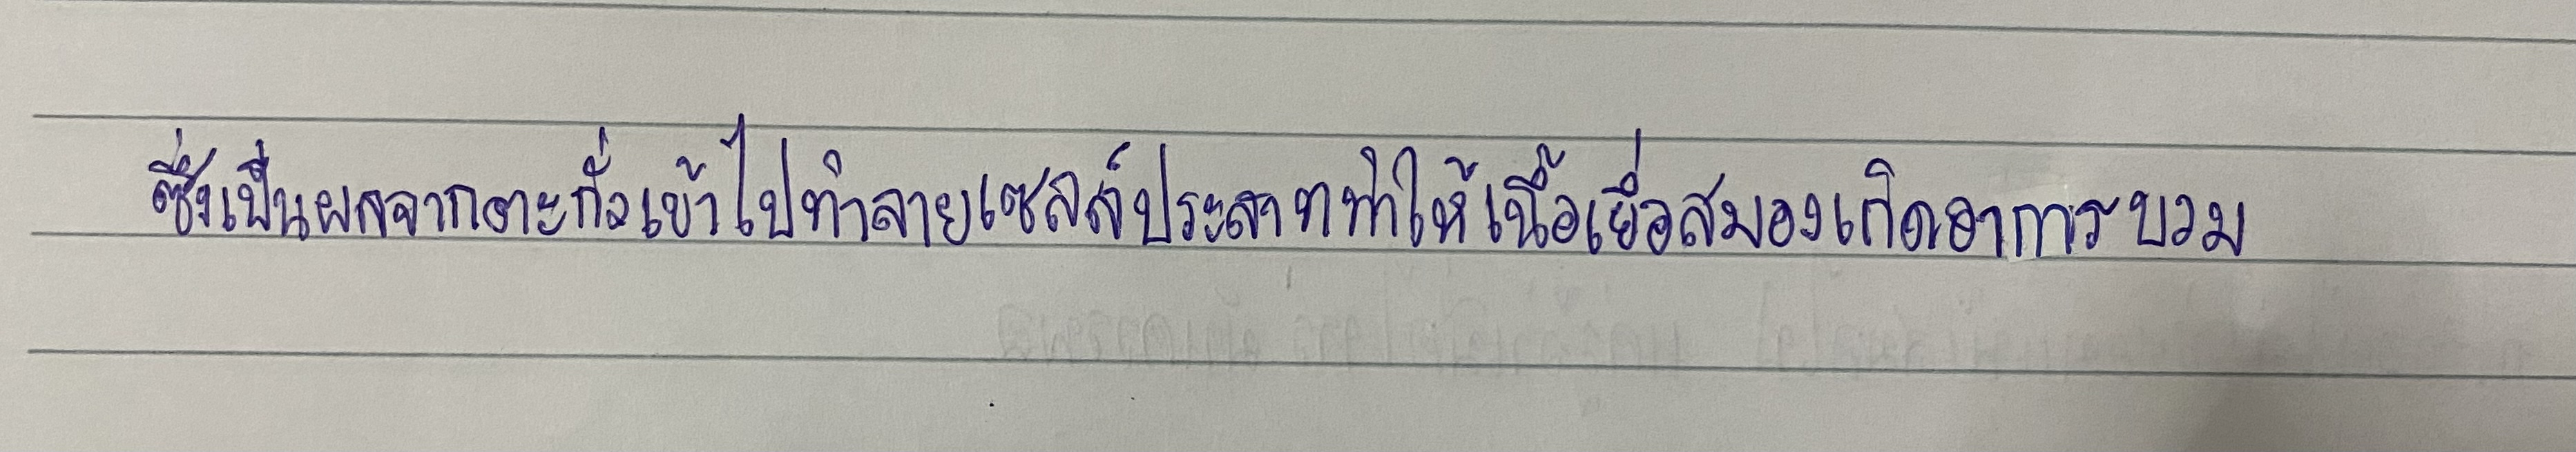
ซึ่งเป็นผลจากตะกั่วเข้าไปทำลายเซลล์ประสาททำให้เนื้อเยื่อสมองเกิดอาการบวม